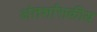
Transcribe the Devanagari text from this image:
अंतर्शासकीय